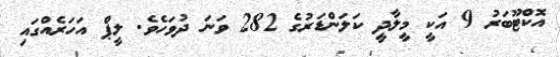
އޮކްޓޫބަރު 9 އަކީ މީލާދީ ކަލަންޑަރުގެ 282 ވަނަ ދުވަހެވެ. ލީޕް އަހަރެއްގައި